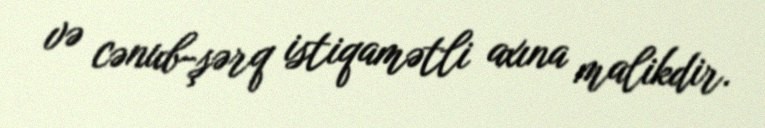
və cənub-şərq istiqamətli axına malikdir.